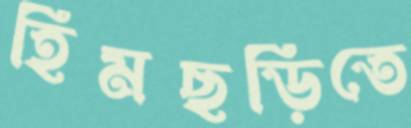
হিমছড়িতে